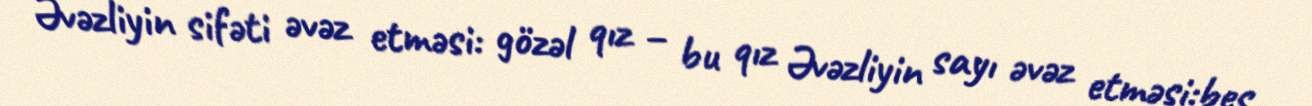
Əvəzliyin sifəti əvəz etməsi: gözəl qız – bu qız Əvəzliyin sayı əvəz etməsi:beş